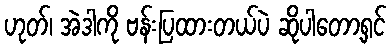
ဟုတ်၊ အဲဒါကို ဗန်းပြထားတယ်ပဲ ဆိုပါတော့ရှင်